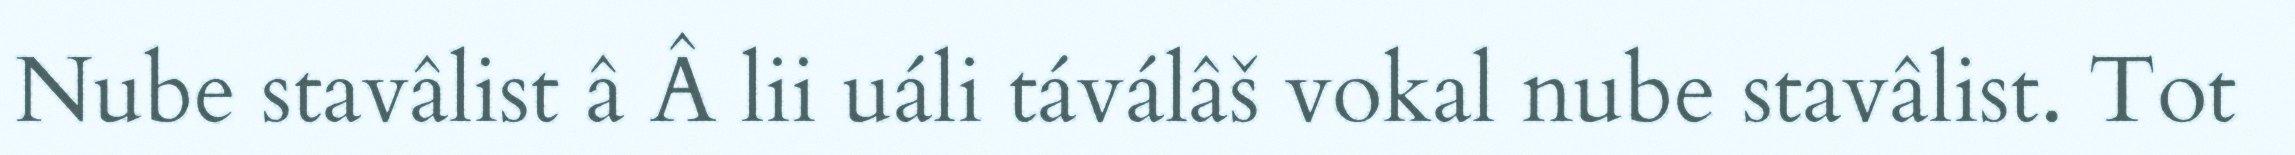
Nube stavâlist â Â lii uáli táválâš vokal nube stavâlist. Tot